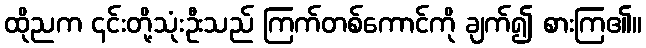
ထိုညက ၎င်းတို့သုံးဦးသည် ကြက်တစ်ကောင်ကို ချက်၍ စားကြ၏။